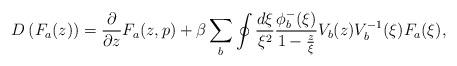
LaTeX: \begin{align*}D\left(F_a(z)\right)=\frac{\partial}{\partial z}F_a(z,p)+\beta\sum_b \oint \frac{d\xi}{\xi^2}\frac{\phi_b^-(\xi)}{1-\frac{z}{\xi}}V_b(z)V_b^{-1}(\xi)F_a(\xi),\end{align*}